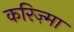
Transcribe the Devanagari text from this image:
करिज़्मा